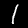
Digit: 1